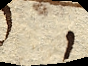
sed ut haec